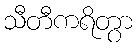
သီတီကရိတွာ